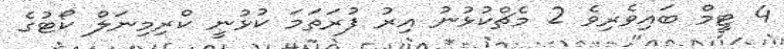
4 ޓީމް ބައިވެރިވެ 2 މެޗްކުޅުނު އިރު ފުރަތަމަ ކުޅުނީ ކްރިމިނަލް ކޯޓުގެ